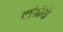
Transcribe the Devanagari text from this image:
वर्तनीयो